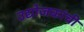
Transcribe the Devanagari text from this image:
उद्योजकांची